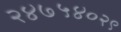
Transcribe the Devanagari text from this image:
२४७५४०२९